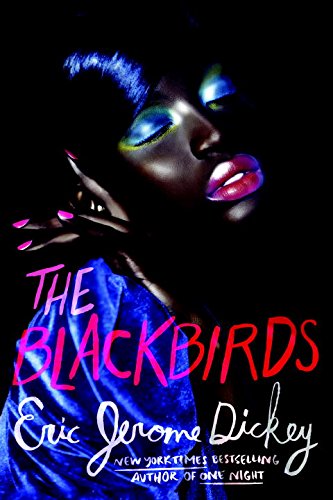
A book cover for The Blackbirds; Eric Jerome Dickey; Romance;